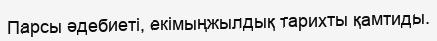
Парсы әдебиеті, екімыңжылдық тарихты қамтиды.